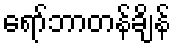
ရော်ဘာတန်ချိန်